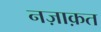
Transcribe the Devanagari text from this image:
नज़ाक़त